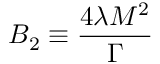
B _ { 2 } \equiv \frac { 4 \lambda M ^ { 2 } } { \Gamma }